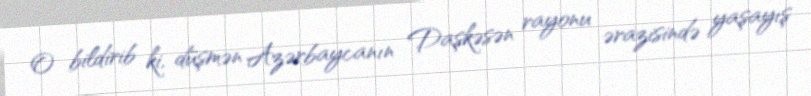
O bildirib ki, düşmən Azərbaycanın Daşkəsən rayonu ərazisində yaşayış